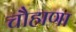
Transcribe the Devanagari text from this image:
चौहाणा